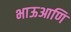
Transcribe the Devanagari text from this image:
भाऊआणि